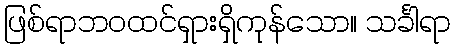
ဖြစ်ရာဘဝထင်ရှားရှိကုန်သော။ သင်္ခါရာ